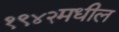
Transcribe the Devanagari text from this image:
१९४२मधील